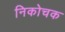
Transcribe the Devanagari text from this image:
निकोचक